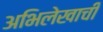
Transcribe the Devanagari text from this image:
अभिलेखाची